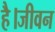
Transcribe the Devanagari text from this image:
है।जीवन